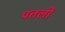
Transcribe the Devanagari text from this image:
पत्तली